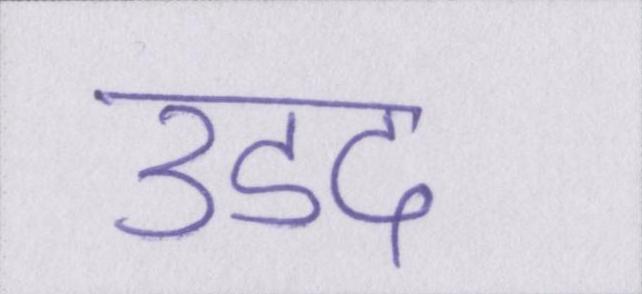
उडद